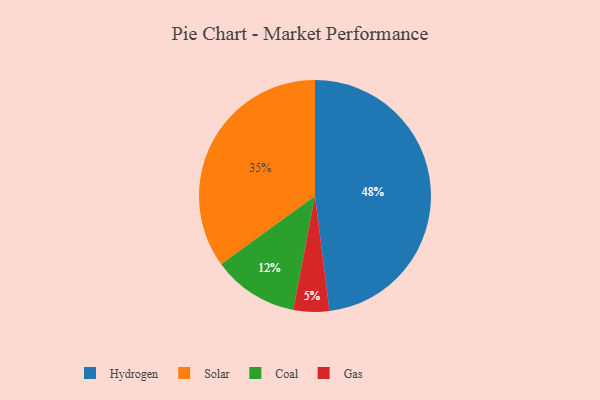
{"axis": {"x": "Category", "y": "Percentage"}, "legend": ["Coal", "Gas", "Hydrogen", "Solar"], "data": [{"x": "Solar", "y": 35, "type": "Solar"}, {"x": "Hydrogen", "y": 48, "type": "Hydrogen"}, {"x": "Coal", "y": 12, "type": "Coal"}, {"x": "Gas", "y": 5, "type": "Gas"}]}